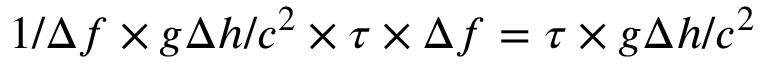
1 / \Delta f \times g \Delta h / c ^ { 2 } \times \tau \times \Delta f = \tau \times g \Delta h / c ^ { 2 }